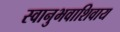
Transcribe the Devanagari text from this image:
स्वानुभवाशिवाय